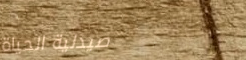
صيدلية الحياة